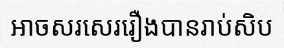
អាចសរសេររឿងបានរាប់សិប